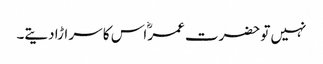
نہیں تو حضرت عمرؓ اس کا سر اڑا دیتے۔